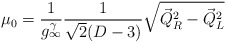
\begin{align*}\mu_0 = \frac{1}{g_\infty^\gamma}\frac{1}{\sqrt{2}(D-3)}\sqrt{{\vec{Q}}_R^2-{\vec{Q}}_L^2} \\\end{align*}